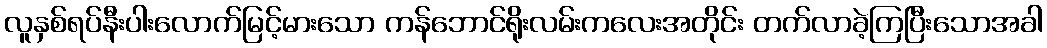
လူနှစ်ရပ်နီးပါးလောက်မြင့်မားသော ကန်ဘောင်ရိုးလမ်းကလေးအတိုင်း တက်လာခဲ့ကြပြီးသောအခါ